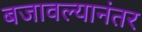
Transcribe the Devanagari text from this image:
बजावल्यानंतर